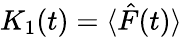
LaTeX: K_{1}(t)=\langle\hat{F}(t)\rangle